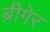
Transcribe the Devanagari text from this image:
ब्रीगेर